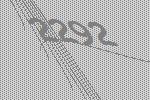
2292